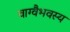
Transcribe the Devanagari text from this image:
वाग्वैभवस्य